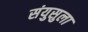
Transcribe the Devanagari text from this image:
संयुसुला